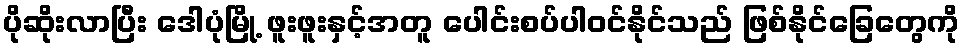
ပိုဆိုးလာပြီး ဒေါပုံမြို့ ဖူးဖူးနှင့်အတူ ပေါင်းစပ်ပါဝင်နိုင်သည် ဖြစ်နိုင်ခြေတွေကို